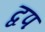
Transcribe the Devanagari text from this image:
द्वप